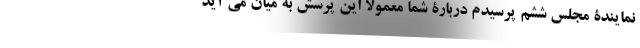
نمایندۀ مجلس ششم پرسیدم دربارۀ شما معمولا این پرسش به میان می آید